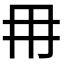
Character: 𭁠